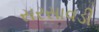
સરસાવડી